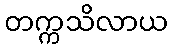
တက္ကသိလာယ